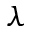
\lambda